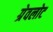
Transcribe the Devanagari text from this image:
ग्रेवलोट